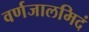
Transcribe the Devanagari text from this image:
वर्णजालमिदं